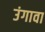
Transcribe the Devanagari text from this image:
उंगावा